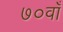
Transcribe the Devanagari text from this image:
७०वाँ